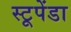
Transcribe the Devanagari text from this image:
स्टूपेंडा